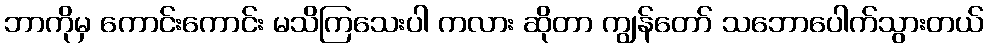
ဘာကိုမှ ကောင်းကောင်း မသိကြသေးပါ ကလား ဆိုတာ ကျွန်တော် သဘောပေါက်သွားတယ်